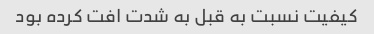
کیفیت نسبت به قبل به شدت افت کرده بود